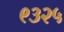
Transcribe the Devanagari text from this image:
९३२५